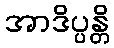
အာဒိပ္ပန္တိ